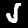
Label: 5